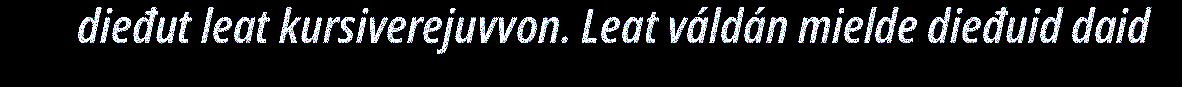
dieđut leat kursiverejuvvon. Leat váldán mielde dieđuid daid